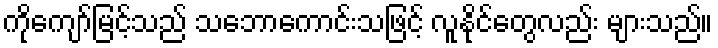
ကိုကျော်မြင့်သည် သဘောကောင်းသဖြင့် လူနိုင်တွေလည်း များသည်။